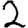
Digit: 2